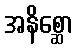
အနိစ္ဆော